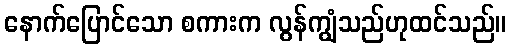
နောက်ပြောင်သော စကားက လွန်ကျွံသည်ဟုထင်သည်။